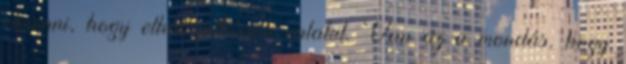
elmenni, hogy elhallgattasson valakit. Van az a mondás, hogy